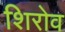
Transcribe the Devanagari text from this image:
शिरोव